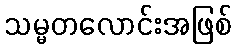
သမ္မတလောင်းအဖြစ်